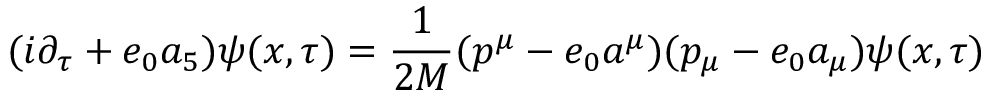
( i \partial _ { \tau } + e _ { 0 } a _ { 5 } ) \psi ( x , \tau ) = \frac { 1 } { 2 M } ( p ^ { \mu } - e _ { 0 } a ^ { \mu } ) ( p _ { \mu } - e _ { 0 } a _ { \mu } ) \psi ( x , \tau )